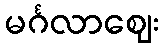
မင်္ဂလာဈေး